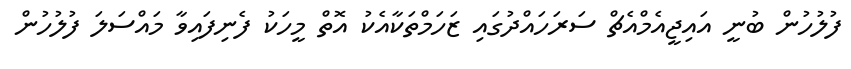
ފުލުހުން ބުނީ އައިޖީއެމްއެޗް ސަރަހައްދުގައި ޒަހަމްތަކާއެކު އޮތް މީހަކު ފެނިފައިވާ މައްސަލަ ފުލުހުން